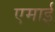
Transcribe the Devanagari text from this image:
एमाई